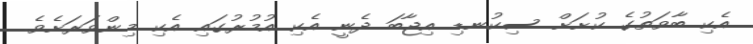
އެކި ބާވަތުގެ ކުށަށް ސިކުނޑި އިޖާބަ ދެނީ އެކި އުމުރުގައި އެކި މިންވަރަށެވެ.